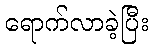
ရောက်လာခဲ့ပြီး